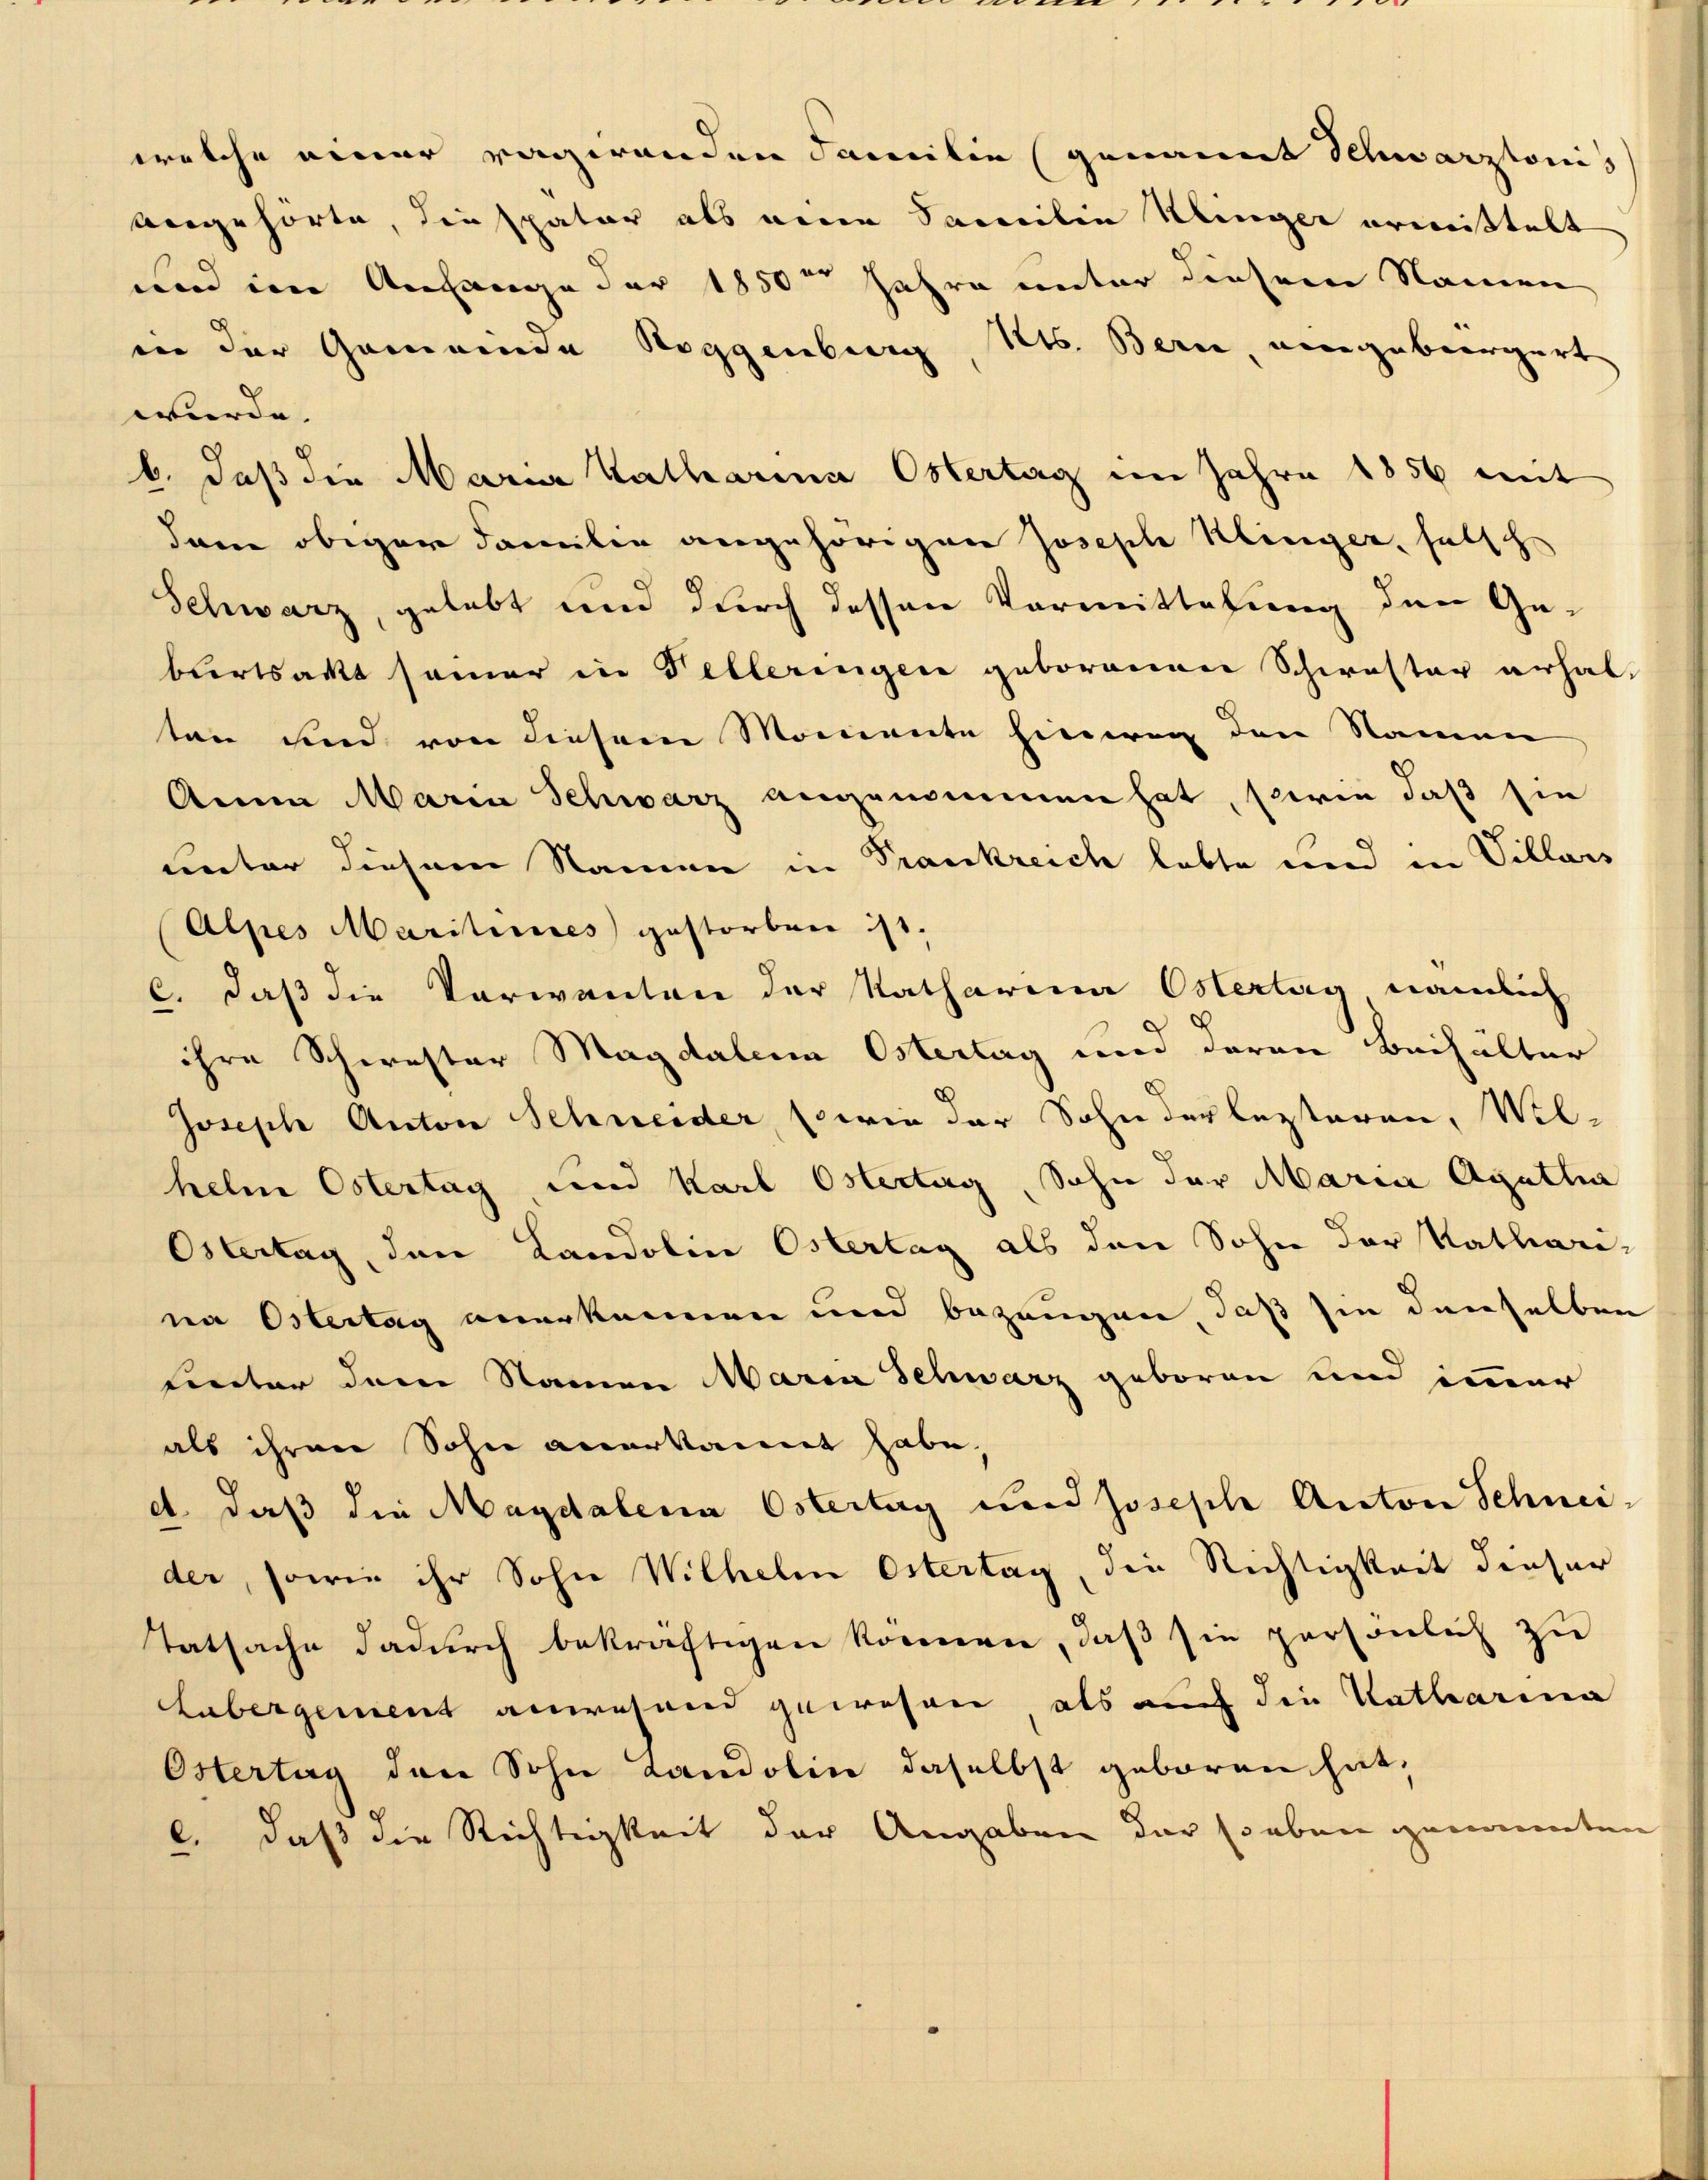
Kts. Bern, vergebergert
in der Gemeinde Roggenberg
würde.
b. daß die Maria Katharina Ostertag im Jahre 1856 mit
dam obiger Familie angehörigen Joseph Klinger, hatsch
Schwarz, gelebt und durch dessen Vormittelung den Gebiertsackt seiner in Velleringen geborenen Schwester erhal-
ten und von diesem Momente hinweg den Namen
Anna Maria Schwarz angenommen hat, sowie daß sie
Rector diesem Namen in Frankreich lebte und in Villars
Alpes Marilines gestorben ist.
c. daß die Verwanten der Katharina Osterlag, nämlich
ihre Schwester Magdalena Ostertag und deren Beihalter
Joseph Anton Schneider, (wie der Sohn der lezteren, Wil-
helne Ostertag, und Karl Ostertag, Sohn der Maria Agatha
Ostertag, den Landolin Ostertag als den Sohn der Katharina Ostertag anerkennen und bezeugen, daß sie denselben
uinter dem Namen Maria Schwarz geboren und immer
als ihren Sohn anerkannt habe.
et daß die Magdalena Ostertag und Joseph Anton Schneider, sowie ihr Sohn Wilhelm Ostertag, die Richtigkeit dieser
Tatsache dadurch bekräftigen können, daß sie persönlich zu
Lubergement anwesend gewesen, als auch die Katharina
Östertag den Sohn Landolin daselbst geboren hat,
l. daß die Richtigkeit der Angaben der soeben genannten

welche einer ragirenden Familie (genannt Schwarztonis
vergehörte, diespater als meine Samilie Klinger ermittelt
und im Anfange der 1850 Jahre unter diesem Namen